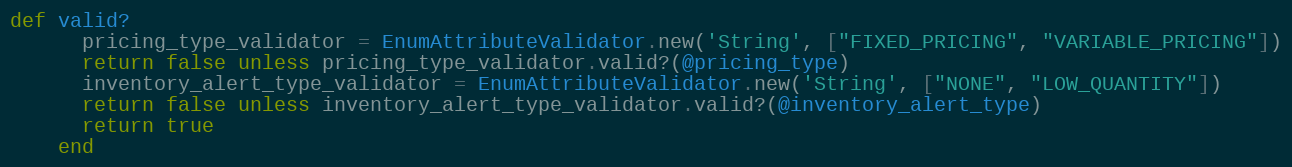
Language: Ruby
def valid?
      pricing_type_validator = EnumAttributeValidator.new('String', ["FIXED_PRICING", "VARIABLE_PRICING"])
      return false unless pricing_type_validator.valid?(@pricing_type)
      inventory_alert_type_validator = EnumAttributeValidator.new('String', ["NONE", "LOW_QUANTITY"])
      return false unless inventory_alert_type_validator.valid?(@inventory_alert_type)
      return true
    end